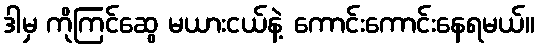
ဒါမှ ကိုကြင်ဆွေ မယားငယ်နဲ့ ကောင်းကောင်းနေရမယ်။